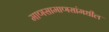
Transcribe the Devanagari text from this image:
माणसामाणसांमधील